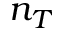
n _ { T }